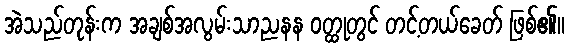
အဲသည်တုန်းက အချစ်အလွမ်းသာညနန ဝတ္ထုတွင် တင့်တယ်ခေတ် ဖြစ်၏။